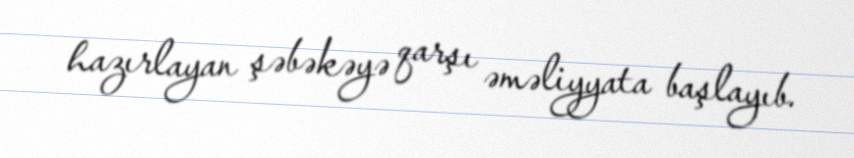
hazırlayan şəbəkəyə qarşı əməliyyata başlayıb.